Indian journal of veterinary science and animal husbandry - Volume 14,
Year: 1944
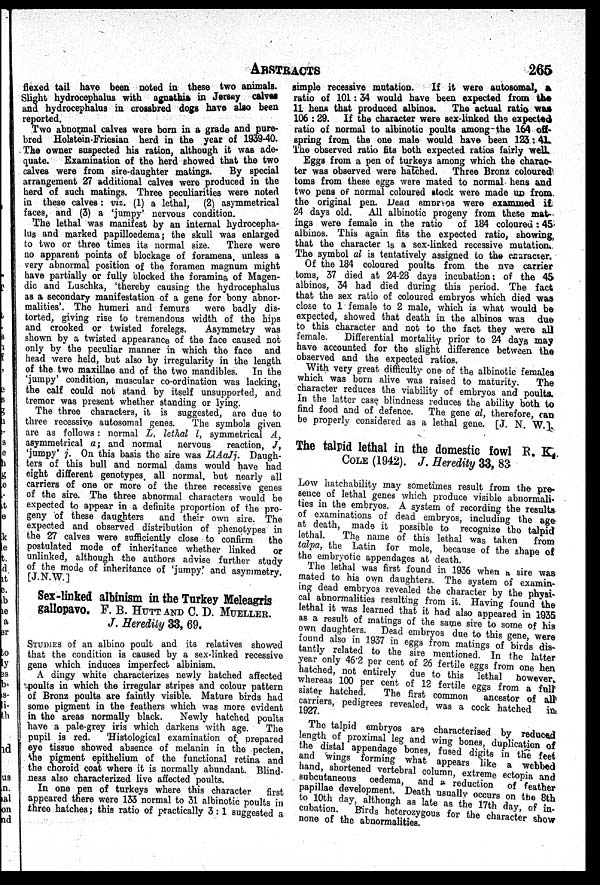
ABSTRACTS
265
flexed tail have been noted in these two animals.
Slight hydrocephalus with agnathis in Jersey calves
and hydrocephalus in crossbred dogs have also been
reported.
Two abnormal calves were born in a grade and pure-
bred Holstein-Friesian herd in the year of 1939-40.
The owner suspected his ration, although it was ade-
quate. Examination of the herd showed that the two
calves were from sire-daughter matings.
By special
arrangement 27 additional calves were produced in the
herd of such matings. Three peculiarities were noted
in these calves: viz. (1) a lethal, (2) asymmetrical
faces, and (3) a 'jumpy' nervous condition.
The lethal was manifest by an internal hydrocepha-
lus and marked papilloedema; the skull was enlarged
to two or three times its normal size.
There were
no apparent points of blockage of foramena, unless a
very abnormal position of the foramen magnum might
have partially or fully blocked the foramina of Magen-
dic and Luschka, 'thereby causing the hydrocephalus
as a secondary manifestation of a gene for bony abnor-
malities'. The humeri and femurs
were badly dis-
torted, giving rise to tremendous width of the hips
and crooked or twisted forelegs.
Asymmetry was
shown by a twisted appearance of the face caused not
only by the peculiar manner in which the face and
head were held, but also by irregularity in the length
of the two maxillae and of the two mandibles. In the
'jumpy' condition, muscular co-ordination was lacking,
the calf could not stand by itself unsupported, and
tremor was present whether standing or lying.
The three characters, it is suggested, are due to
three recessive autosomal genes.
The symbols given
are as follows : normal L. lethal l, symmetrical A,
asymmetrical a; and normal
nervous
reaction, J,
'jumpy' j. On this basis the sire was LlAaJj. Daugh-
ters of this bull and normal dams would have had
eight different genotypes, all normal, but nearly all
carriers of one or more of the three recessive genes
of the sire. The three abnormal characters would be
expected to appear in a definite proportion of the pro-
geny of these daughters
and their own sire. The
expected and observed distribution of phenotypes in
the 27 calves were sufficiently close to confirm
the
postulated mode of inheritance whether linked
or
unlinked, although the authors advise further study
of the mode of inheritance of 'jumpy' and asymmetry.
[J.N.W.]
Sex-linked albinism in the Turkey Meleagris
gallopavo. F. B. HUTT AND C. D. MUELLER.
J. Heredity 33, 69.
STUDIES of an albino poult and its relatives showed
that the condition is caused by a sex-linked recessive
gene which induces imperfect albinism.
A dingy white characterizes newly hatched affected
poults in which the irregular stripes and colour pattern
of Bronz poults are faintly visible. Mature birds had
some pigment in the feathers which was more evident
in the areas normally black.
Newly hatched poults
have a pale-grey iris which darkens with age.
The
pupil is red.
Histological examination of prepared
eye tissue showed absence of melanin in the pecten,
the pigment epithelium of the functional retina and
the choroid coat where it is normally abundant. Blind-
ness also characterized live affected poults.
In one pen of turkeys where this character
first
appeared there were 133 normal to 31 albinotic poults in
three hatches ; this ratio of practically 3:1 suggested a
simple recessive mutation.
If it were autosomal,
ratio of 101: 34 would have been expected from the
11 hens that produced albinos. The actual ratio was
106 :29. If the character were sex-linked the expected
ratio of normal to albinotic poults among-the 164 off-
spring from the one male would have been 123:41.
The observed ratio fits both expected ratios fairly well.
Eggs from a pen of turkeys among which the charac-
ter was observed were hatched. Three Bronz coloured
toms from these eggs were mated to normal hens and
two pens of normal coloured stock were made up from
the original pen. Dead embryos were examined if
24 days old.
All albinotic progeny from these mat-
ings were female in the ratio
of 184 coloured : 45
albinos. This again fits the expected ratio, showing
that the character is a sex-linked recessive mutation.
The symbol al is tentatively assigned to the character.
Of the 184 coloured poults from the five carrier
toms, 37 died at 24-28 days incubation: of the 45
albinos, 34 had died during this period. The fact
that the sex ratio of coloured embryos which died was
close to 1 female to 2 male, which is what would be
expected, showed that death in the albinos was due
to this character and not to the fact they were all
female.
Differential mortality prior to 24 days may
have accounted for the slight difference between the
observed and the expected ratios.
With very great difficulty one of the albinotic females
which was born alive was raised to maturity.
The
character reduces the viability of embryos and poults.
In the latter case blindness reduces the ability both to
find food and of defence. The gene al, therefore, can
be properly considered as a lethal gene. [J. N. W.].
The talpid lethal in the domestic fowl R. K
COLE (1942). J. Heredity 33, 83
Low hatchability may sometimes result from the pre-
sence of lethal genes which produce visible abnormali-
ties in the embryos. A system of recording the results
of examinations of dead embryos, including the age
at death, made it possible to recognize the talpid
lethal.
The name of this lethal was taken
from
talpa, the Latin for mole, because of the shape of
the embryotic appendages at death.
The lethal was first found in 1936 when a sire was
mated to his own daughters. The system of examin-
ing dead embryos revealed the character by the physi-
cal abnormalities resulting from it. Having found the
lethal it was learned that it had also appeared in 1935
as a result of matings of the same sire to some of his
own daughters. Dead embryos due to this gene, were
found also in 1937 in eggs from matings of birds dis-
tantly related to the sire mentioned. In the latter
year only 46.2 per cent of 26 fertile eggs from one hen
hatched, not entirely due to this lethal however,
whereas 100 per cent of 12 fertile eggs from a full
sister hatched.
The first common ancestor of all
carriers, pedigrees revealed, was a cock hatched in
1927.
The talpid embryos are characterised by reduced
length of proximal leg and wing bones, duplication of
the distal appendage bones, fused digits in the feet
and wings forming what appears like a webbed
hand, shortened vertebral column, extreme ectopia and
subcutaneous oedema, and a reduction of feather
papillae development. Death usually occurs on the 8th
to 10th day, although as late as the 17th day, of in¬
cubation. Birds heterozygous for the character show
none of the abnormalities.